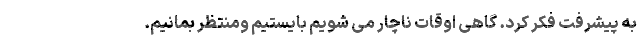
به پیشرفت فکر کرد. گاهی اوقات ناچار می شویم بایستیم ومنتظر بمانیم.